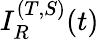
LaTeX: I_{R}^{(T,S)}(t)